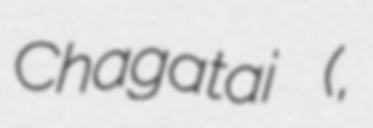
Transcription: Chagatai (چغتای,